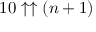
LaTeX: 1 0 \uparrow \uparrow ( n + 1 )